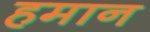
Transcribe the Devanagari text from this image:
हमान